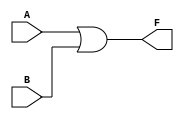
module two_variable_kmap (
    input wire A,    // First input variable
    input wire B,    // Second input variable
    output wire F    // Output representing the simplified boolean expression
);

// The output F is derived from the K-map logic
// The K-map for two variables can be expressed as:
// F = A'B' + A'B + AB' + AB
// This simplifies to F = A + B (if all cells are '1')
// For demonstration, let's assume a specific example where:
// F(0,0) = 0, F(0,1) = 1, F(1,0) = 1, F(1,1) = 1
// Thus, F = B + A

assign F = A | B; // Simplified expression based on the example

endmodule